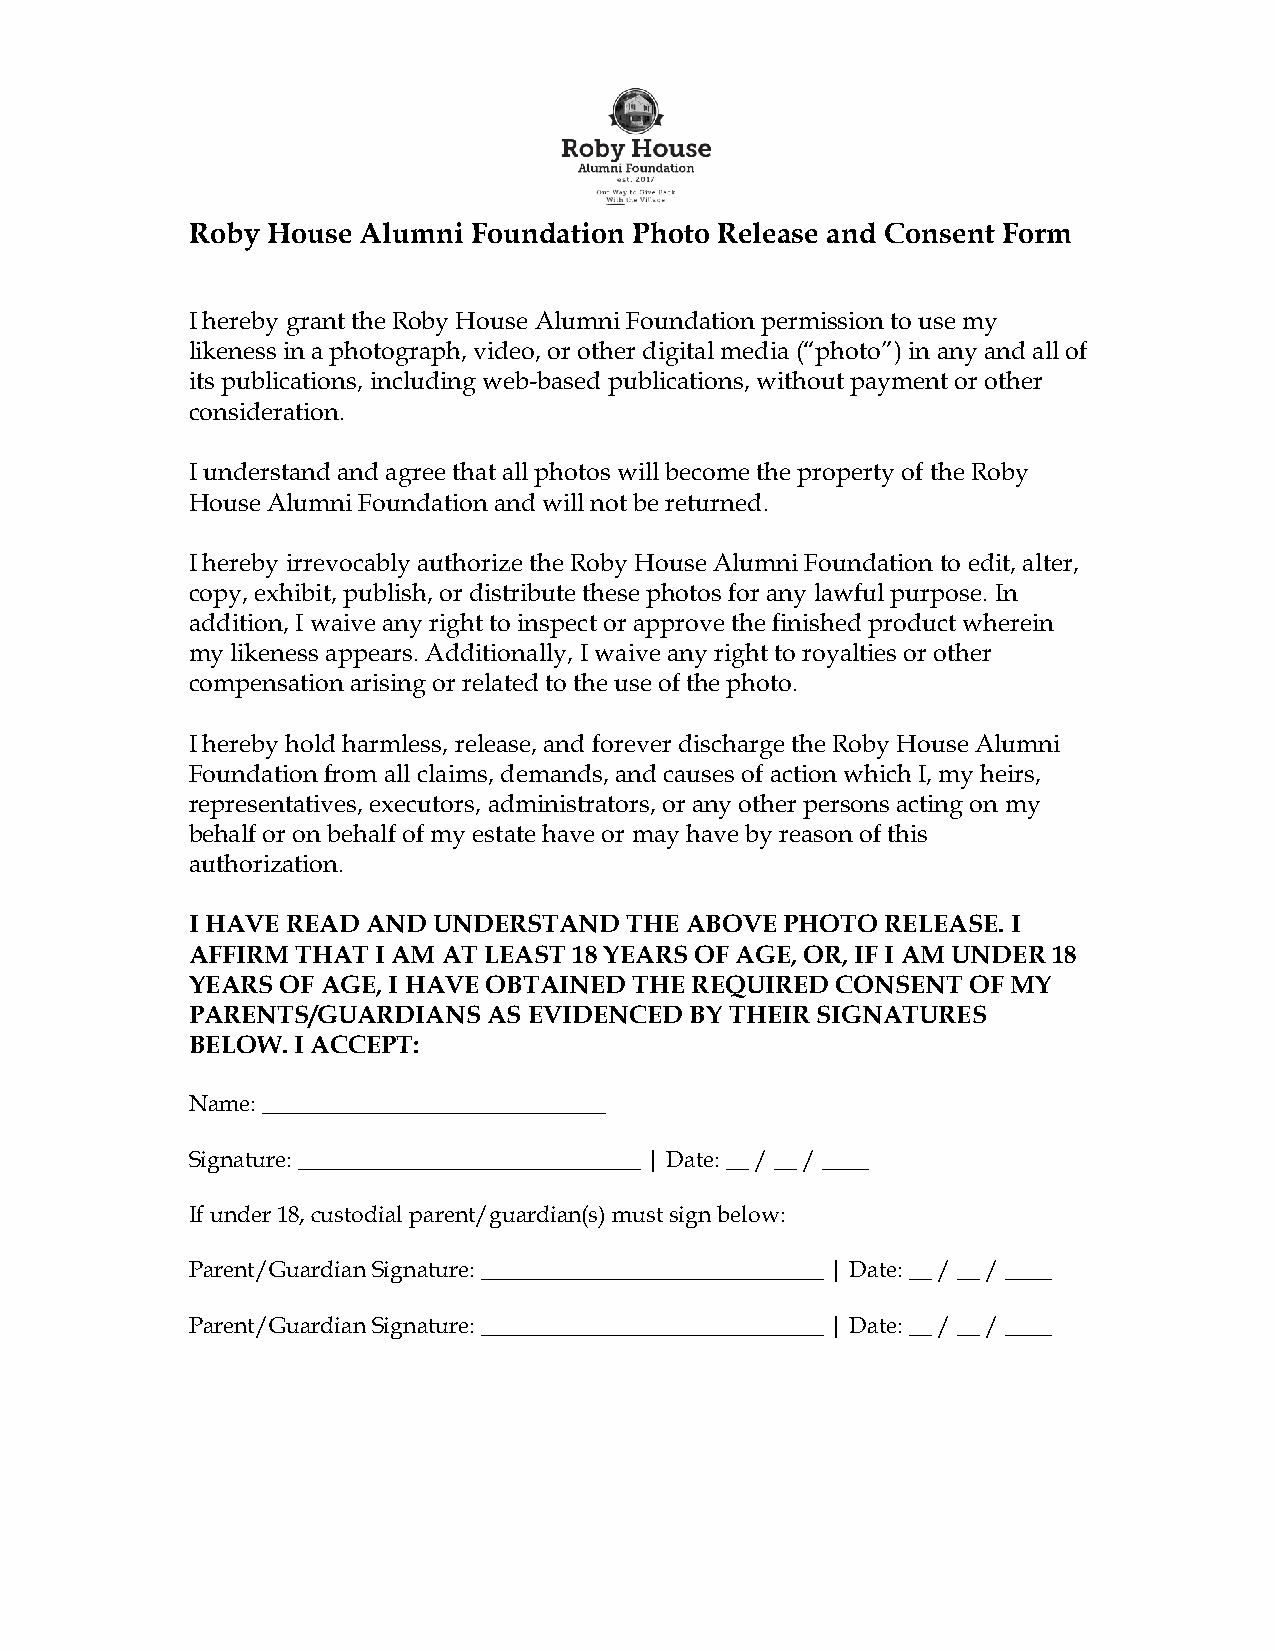
Roby  House Alumni Foundation Photo Release and Consent Form
 I hereby grant the Roby House Alumni Foundation permission to use my
 likeness in a photograph, video, or other digital media (“photo”) in any and all of
 its publications, including web-based publications, without payment or other
 consideration.
 I understand and agree that all photos will become the property of the Roby
 House Alumni Foundation and will not be returned.
 I hereby irrevocably authorize the Roby House Alumni Foundation to edit, alter,
 copy, exhibit, publish, or distribute these photos for any lawful purpose. In
 addition, I waive any right to inspect or approve the finished product wherein
 my likeness appears. Additionally, I waive any right to royalties or other
 compensation arising or related to the use of the photo.
 I hereby hold harmless, release, and forever discharge the Roby House Alumni
 Foundation from all claims, demands, and causes of action which I, my heirs,
 representatives, executors, administrators, or any other persons acting on my
 behalf or on behalf of my estate have or may have by reason of this
 authorization.
 I HAVE READ AND  UNDERSTAND   THE ABOVE PHOTO  RELEASE. I
 AFFIRM  THAT I AM AT LEAST 18 YEARS OF AGE, OR, IF I AM UNDER 18
 YEARS  OF AGE, I HAVE OBTAINED THE REQUIRED CONSENT OF MY
 PARENTS/GUARDIANS   AS EVIDENCED  BY THEIR SIGNATURES
 BELOW. I ACCEPT:
 Name: ______________________________
 Signature: ______________________________ | Date: __ / __ / ____
 If under 18, custodial parent/guardian(s) must sign below:
 Parent/Guardian Signature: ______________________________ | Date: __ / __ / ____
 Parent/Guardian Signature: ______________________________ | Date: __ / __ / ____